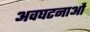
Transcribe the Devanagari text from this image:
अवघटनाओं